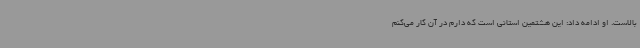
بالاست. او ادامه داد: این هشتمین استانی است که دارم در آن کار می‌کنم